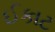
ઈકાટ